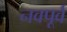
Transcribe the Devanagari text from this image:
नवपूर्व